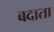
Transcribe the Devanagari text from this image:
बदाता